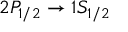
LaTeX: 2 P _ { 1 / 2 } \to 1 S _ { 1 / 2 }